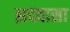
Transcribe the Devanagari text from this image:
झदवासा